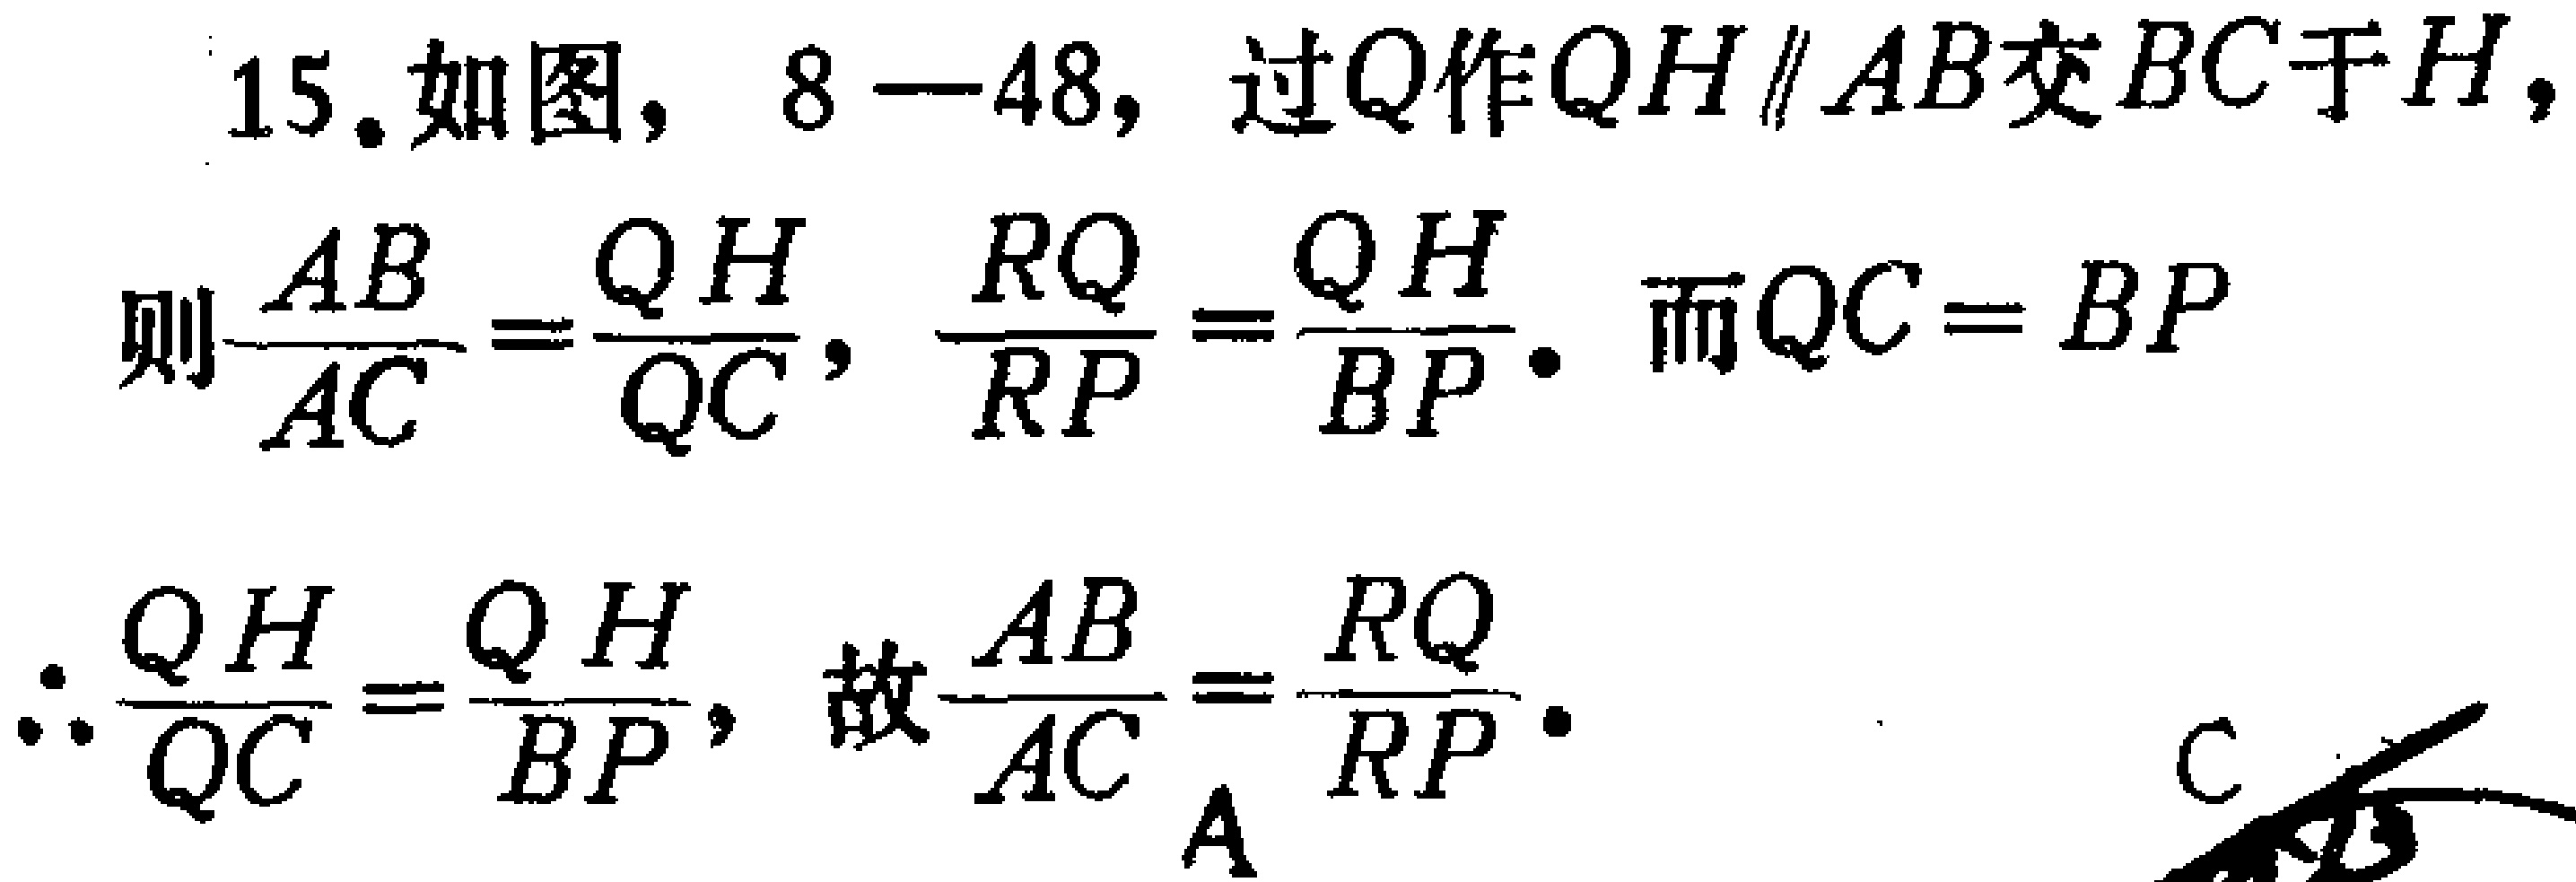
15. 如图，8—48，过\(Q\)作\(QH\parallel AB\)交\(BC\)于\(H\)，

则\(\frac{AB}{AC}=\frac{QH}{QC}\)，\(\frac{RQ}{RP}=\frac{QH}{BP}\)。而\(QC = BP\)

\(\therefore\frac{QH}{QC}=\frac{QH}{BP}\)，故\(\frac{AB}{AC}=\frac{RQ}{RP}\)。